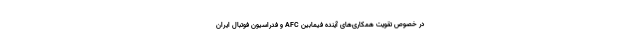
در خصوص تقویت همکاری‌های آینده فیمابین AFC و فدراسیون فوتبال ایران